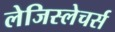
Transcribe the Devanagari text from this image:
लेजिस्लेचर्स